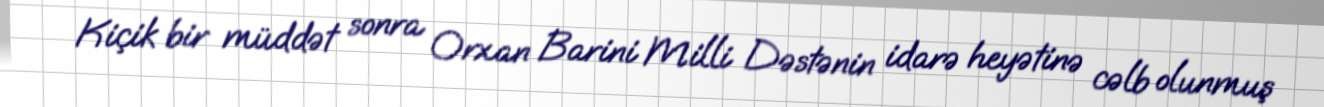
Kiçik bir müddət sonra Orxan Barini Milli Dəstənin idarə heyətinə cəlb olunmuş